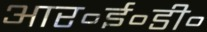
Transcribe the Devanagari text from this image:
आर॰ई॰डी॰